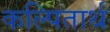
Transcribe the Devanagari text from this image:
कल्पितार्थ